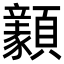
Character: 𩕺